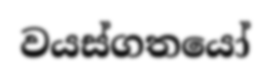
වයස්ගතයෝ